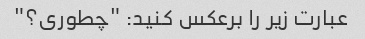
عبارت زیر را برعکس کنید: "چطوری؟"